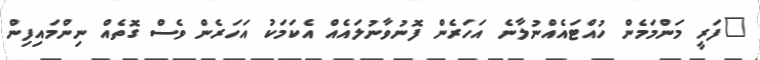
"ފަރީ މަންމަމެން ހުއްޓައެއްނުލާނެ އަހަރެން ފޮނުވާނުލައެއް އެކަމަކު އަހަރެން ވެސް ގޮތެއް ނިންމައިފިން